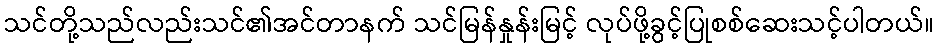
သင်တို့သည်လည်းသင်၏အင်တာနက် သင်မြန်နှုန်းမြင့် လုပ်ဖို့ခွင့်ပြုစစ်ဆေးသင့်ပါတယ်။